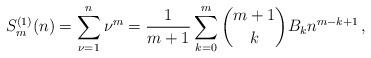
LaTeX: \begin{align*}S_m^{(1)}(n) = \sum_{\nu = 1}^n \nu^m = \frac{1}{m+1} \sum_{k=0}^m {m+1\choose k} B_k n^{m-k+1}\,,\end{align*}